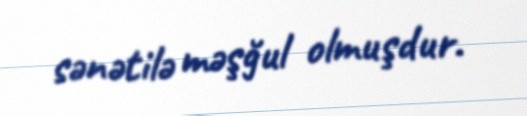
sənətilə məşğul olmuşdur.